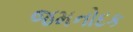
જમનોદક